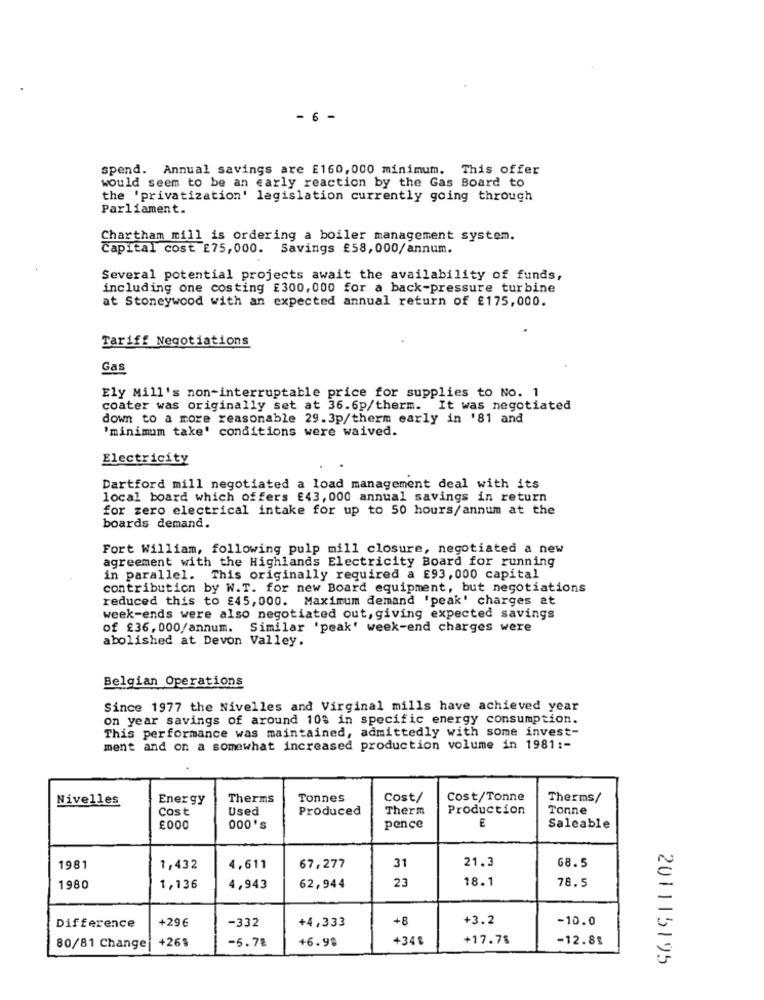
- 6 -
spend. Annual savings are E160,000 minimum. This offer
would seem to be an early reaction by the Gas Board to
the 'privatization' legislation currently going through
Parliament.
Chartham mill is ordering a boiler management system.
Capital cost £75,000.
Savings £58,000/annum.
Several potential projects await the availability of funds,
including one costing £300, 000 for a back-pressure turbine
at Stoneywood with an expected annual return of £175,000.
Tariff Negotiations
Gas
Ely Mill's non-interruptable price for supplies to No. 1
coater was originally set at 36.6p/therm. It was negotiated
down to a more reasonable 29.3p/therm early in '81 and
'minimum take' conditions were waived.
Electricity
Dartford mill negotiated a load management deal with its
local board which offers £43, 000 annual savings in return
for zero electrical intake for up to 50 hours/annum at the
boards demand.
Fort William, following pulp mill closure, negotiated a new
agreement with the Highlands Electricity Board for running
in parallel. This originally required a £93,000 capital
contribution by W.T. for new Board equipment, but negotiations
reduced this to £45,000. Maximum demand 'peak' charges at
week-ends were also negotiated out, giving expected savings
of £36, 000/annum. Similar 'peak' week-end charges were
abolished at Devon Valley.
Belgian Operations
Since 1977 the Nivelles and Virginal mills have achieved year
on year savings of around 10% in specific energy consumption.
This performance was maintained, admittedly with some invest-
ment and on a somewhat increased production volume in 1981 :-
Nivelles
Energy
Therms
Tonnes
Cost/
Cost/Tonne
Therms/
Cost
Used
Produced
Therm
Production
Tonne
E
£000
000's
pence
Saleable
1981
1,432
4,611
67,277
31
21.3
68.5
23
18.1
1980
1,136
4,943
62,944
78.5
+296
+4,333
+8
+3.2
-10.0
Difference
-332
+26%
-6.78
+6.98
+34
+17.78
-12.88
80/81 Change
201115195